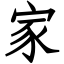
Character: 家